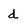
Character: d